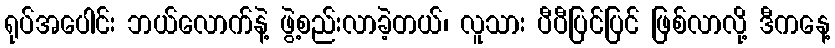
ရုပ်အပေါင်း ဘယ်လောက်နဲ့ ဖွဲ့စည်းလာခဲ့တယ်၊ လူသား ပီပီပြင်ပြင် ဖြစ်လာလို့ ဒီကနေ့